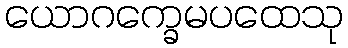
ယောဂက္ခေမပထေသု